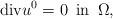
LaTeX: \begin{align*}\hbox{div} u^{0}= 0 \, \hbox { in } \, \Omega,\end{align*}